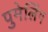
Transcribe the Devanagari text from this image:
पुमेलिंग